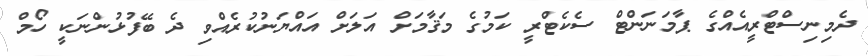
ދެމިނިސްޓްރީއެއްގެ ޕާމަނަންޓް ސެކެޓްރީ ކަމުގެ މަޤާމަށް އަލަށް އައްޔަނުކުރެއްވި ދެ ބޭފުޅުންނަކީ ހޯމް